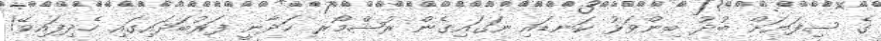
ގެ ސިފަޔަށް ބުދު ބިންވަޅު ކަނޑައި ނަގައިގެން ރުޝްމޯރ ހަދާނީ ފަރުބަދައިގައި ހެދިފައިވޭ!